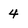
Character: 4